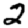
Digit: 2